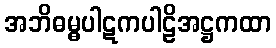
အဘိဓမ္ဓပါဋကပါဠိအဋ္ဌကထာ